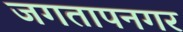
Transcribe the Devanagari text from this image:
जगतापनगर